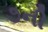
૭ની